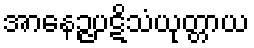
အာနေဉ္ဇပဋိသံယုတ္တာယ